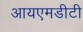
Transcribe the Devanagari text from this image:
आयएमडीटी